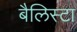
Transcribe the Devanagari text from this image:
बैलिस्टा